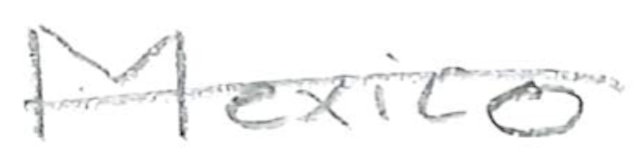
Text: Mexico
Cross-out: single-line
Writing tool: pencil